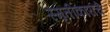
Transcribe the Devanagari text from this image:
स्मृतीकारांचे